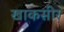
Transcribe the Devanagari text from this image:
खाकसीर